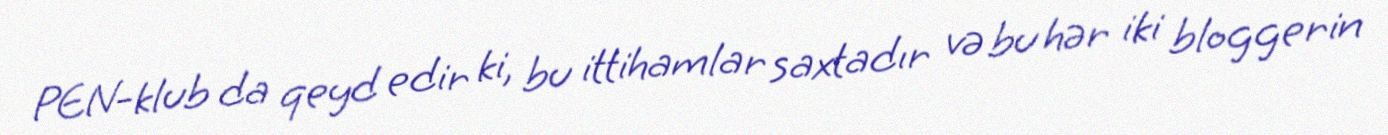
PEN-klub da qeyd edir ki, bu ittihamlar saxtadır və bu hər iki bloggerin